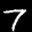
Label: 7